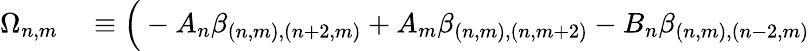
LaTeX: \begin{array}{rl}{\Omega_{n,m}}&{{}\equiv\Big(-A_{n}\beta_{(n,m),(n+2,m)}+A_{m}\beta_{(n,m),(n,m+2)}-B_{n}\beta_{(n,m),(n-2,m)}}\end{array}